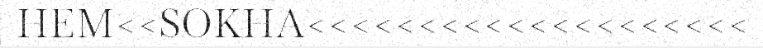
HEM<<SOKHA<<<<<<<<<<<<<<<<<<<<